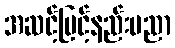
အဆင့်မြင့်နည်းပညာ